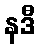
နဒီ